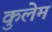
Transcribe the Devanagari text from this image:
कुलेम